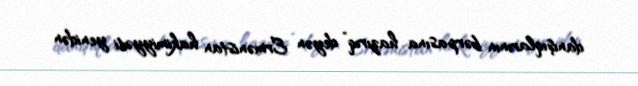
danışıqlarının bərpasına hazırıq” deyən Ermənistan hakimiyyəti yenidən